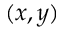
( x , y )